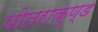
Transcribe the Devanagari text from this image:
पोतराकुण्ड